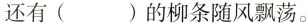
还有（）的柳条随风飘荡。